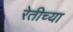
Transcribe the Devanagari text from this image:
रेतीच्या